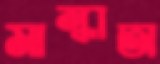
মান্ধাতা